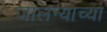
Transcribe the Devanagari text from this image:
जालन्याच्या